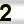
Digit: 2